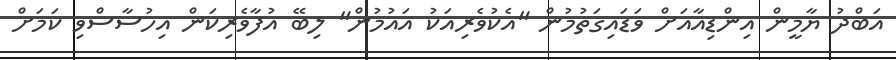
އަބްދު ޔާމީން އިންޑިއާއަށް ވަޑައިގަތުމުން "އެކުވެރިއަކު އައުމުން" ލިބޭ އުފާވެރިކަން އިހުސާސްވި ކަމަށް